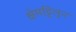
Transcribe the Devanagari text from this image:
क्षेमट्टिलुन